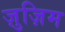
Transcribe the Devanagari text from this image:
ज़ुज़िम